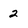
Character: 2